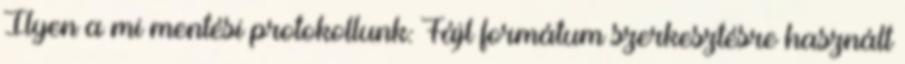
Ilyen a mi mentési protokollunk: Fájl formátum szerkesztésre használt